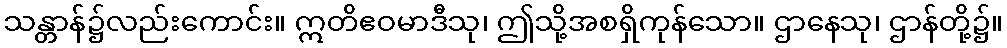
သန္တာန်၌လည်းကောင်း။ ဣတိဧဝမာဒီသု၊ ဤသို့အစရှိကုန်သော။ ဌာနေသု၊ ဌာန်တို့၌။